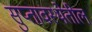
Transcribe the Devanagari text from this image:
सुप्तावस्थेतील